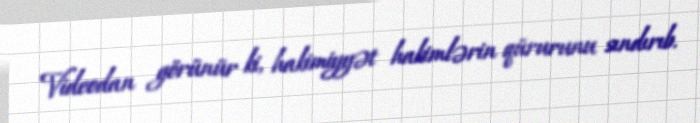
Videodan görünür ki, hakimiyyət hakimlərin qürurunu sındırıb.